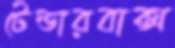
টেন্ডারবাক্স